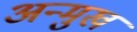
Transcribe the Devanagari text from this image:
अन्मुख